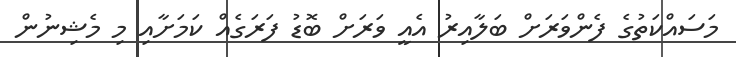
މަސައްކަތުގެ ފެންވަރަށް ބަލާއިރު އެއީ ވަރަށް ބޮޑު ފަރަގެއް ކަމަށާއި މި މެޝިނުން